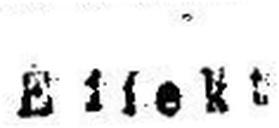
Effekt